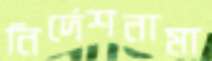
নির্দেশনামা